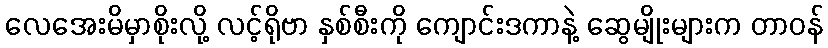
လေအေးမိမှာစိုးလို့ လင့်ရိုဗာ နှစ်စီးကို ကျောင်းဒကာနဲ့ ဆွေမျိုးများက တာဝန်